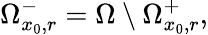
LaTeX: \Omega_{x_{0},r}^{-}=\Omega\setminus\Omega_{x_{0},r}^{+},